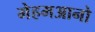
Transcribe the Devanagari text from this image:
मेहमआनो